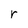
Character: r